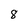
Character: 8